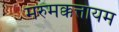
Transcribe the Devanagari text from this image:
मरुमक्कत्तायम